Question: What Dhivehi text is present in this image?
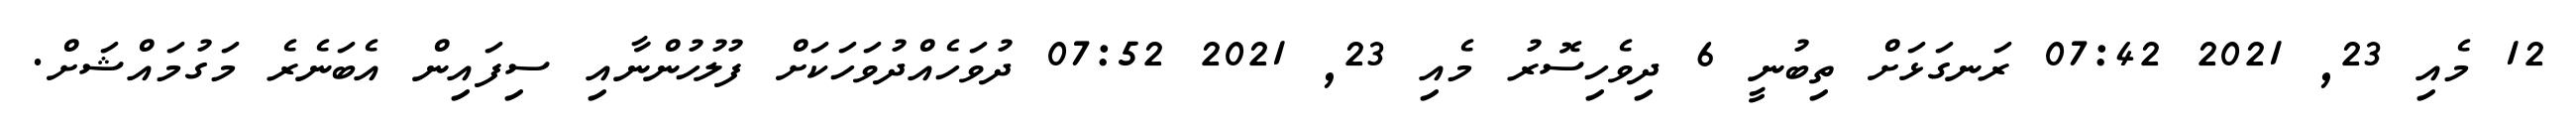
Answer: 12 މެއި 23, 2021 07:42 ރަނގަޅަށް ތިބުނީ 6 ދިވެހިސޮރު މެއި 23, 2021 07:52 ދުވަހެއްދުވަހަކަށް ފުލުހުންނާއި ސިފައިން އެބަނެރެ މަގުމައްޝަށް.